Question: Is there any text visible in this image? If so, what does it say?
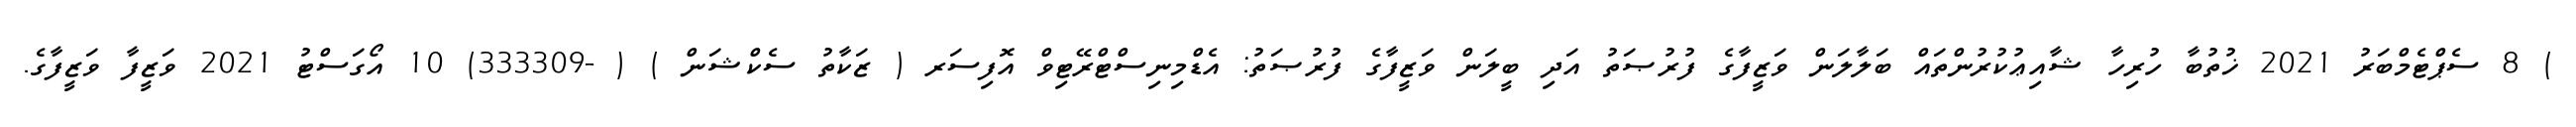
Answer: ) 8 ސެޕްޓެމްބަރު 2021 ޚުތުބާ ހުރިހާ ޝާއިޢުކުރުންތައް ބަލާލަން ވަޒީފާގެ ފުރުޞަތު އަދި ބީލަން ވަޒީފާގެ ފުރުޞަތު: އެޑްމިނިސްޓްރޭޓިވް އޮފިސަރ ( ޒަކާތު ސެކްޝަން ) ( -333309) 10 އޯގަސްޓު 2021 ވަޒީފާ ވަޒީފާގެ.